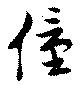
僮